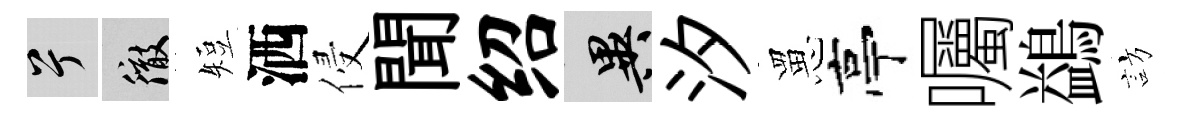
兮徹短洒侵聞绍异汐罳亭囑鷁訪